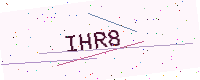
Text: IHR8